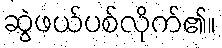
ဆွဲဖယ်ပစ်လိုက်၏။